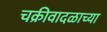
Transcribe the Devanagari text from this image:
चक्रीवादळाच्या